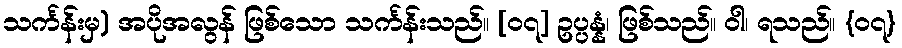
သင်္ကန်းမှ) အပိုအလွန် ဖြစ်သော သင်္ကန်းသည်။ [၀၇] ဥပ္ပန္နံ၊ ဖြစ်သည်။ ဝါ၊ ရသည်။ {၀၇}